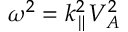
\omega ^ { 2 } = k _ { \parallel } ^ { 2 } V _ { A } ^ { 2 }